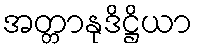
အတ္တာနုဒိဋ္ဌိယာ